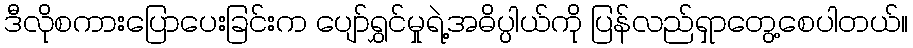
ဒီလိုစကားပြောပေးခြင်းက ပျော်ရွှင်မှုရဲ့အဓိပ္ပါယ်ကို ပြန်လည်ရှာတွေ့စေပါတယ်။